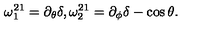
\omega _ { 1 } ^ { 2 1 } = \partial _ { \theta } \delta , \omega _ { 2 } ^ { 2 1 } = \partial _ { \phi } \delta - \cos \theta .